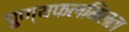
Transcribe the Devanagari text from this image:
पुण्यफलमिलता